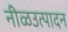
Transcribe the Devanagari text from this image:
नीळउत्पादन